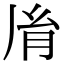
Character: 𦙍